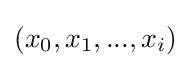
(x_{0},x_{1},...,x_{i})